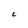
Character: L